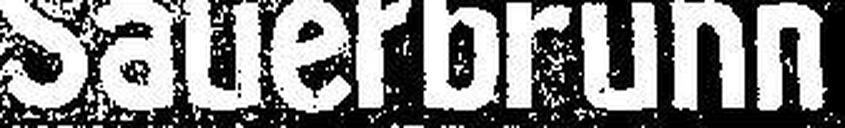
Sauerbrunn